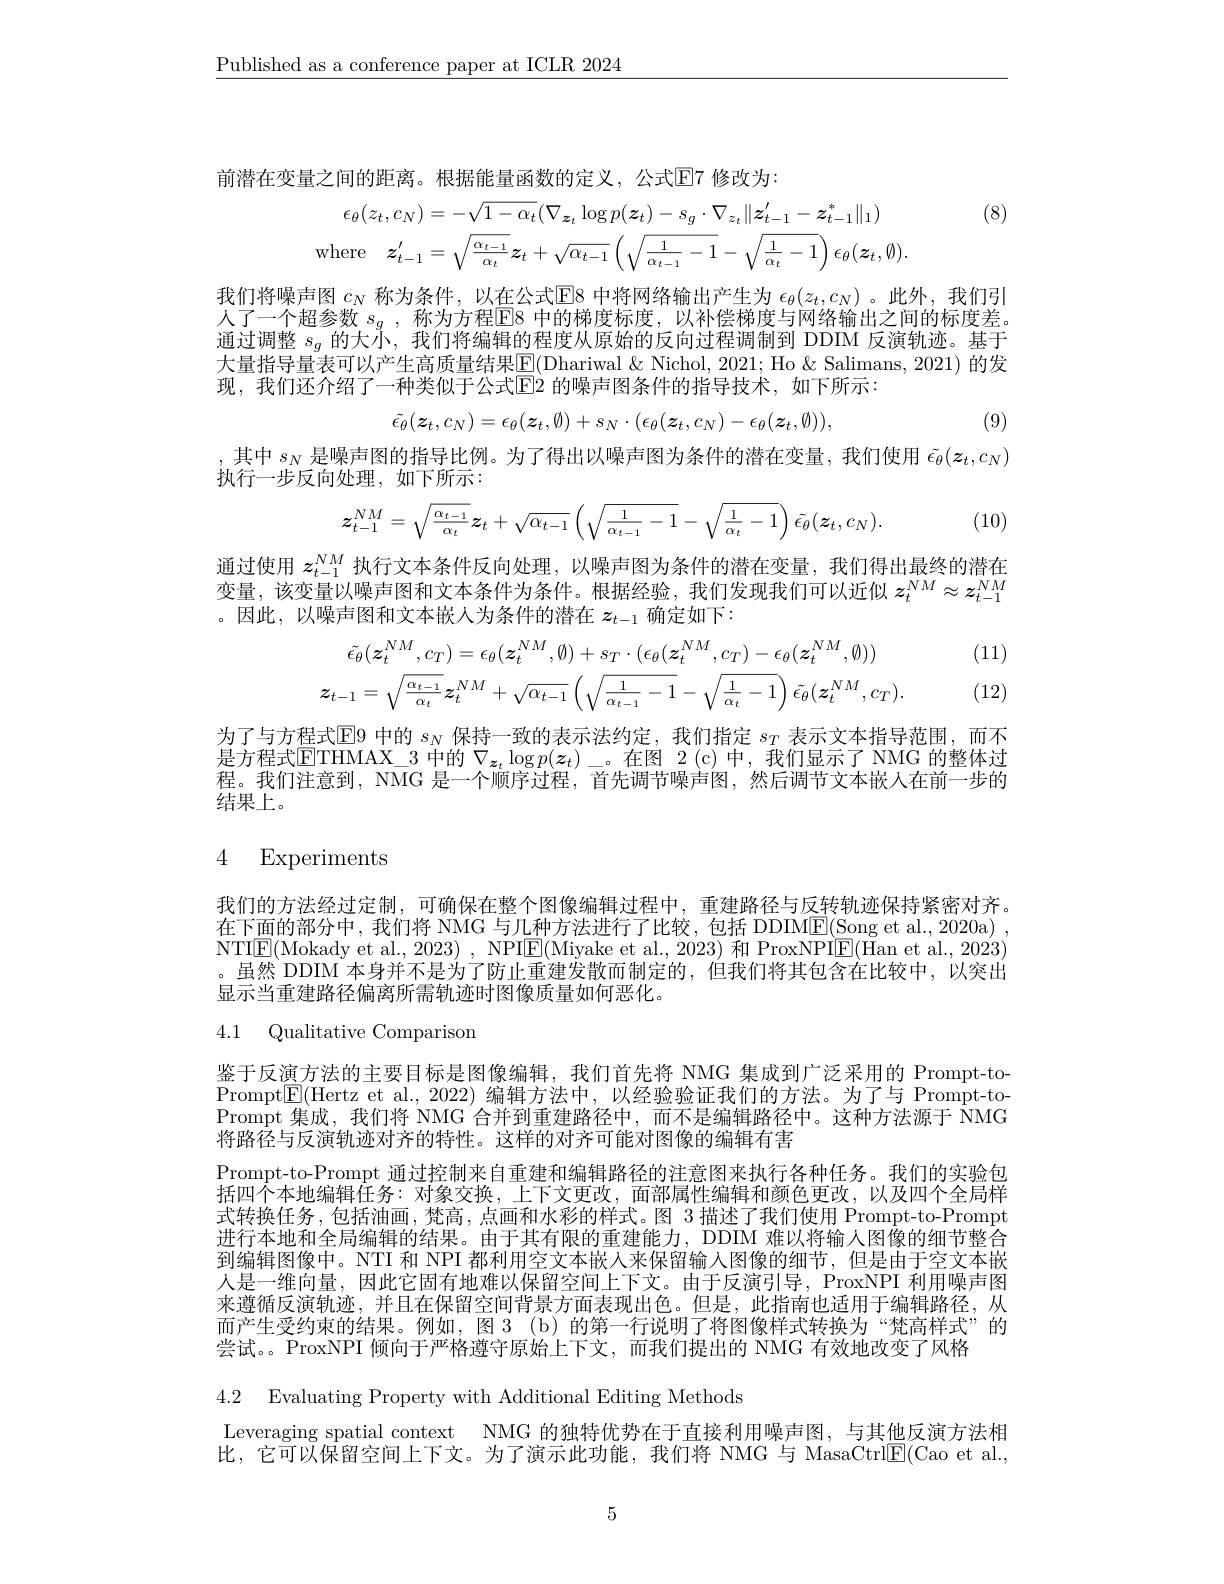
$\underline{\text{Published as a conference paper at ICLR 2024}}$

前潜在变量之间的距离。根据能量函数的定义，公式$\mathbb{E}$7 修改为：

(8)
$$\epsilon_{\theta}(z_{t},c_{N})=-\sqrt{1-\alpha_{t}}(\nabla_{\boldsymbol{z}_{t}}\log p(\boldsymbol{z}_{t})-s_{g}\cdot\nabla_{z_{t}}\|\boldsymbol{z}_{t-1}^{\prime}-\boldsymbol{z}_{t-1}^{*}\|_{1})\\\mathrm{where}\quad z_{t-1}^{\prime}=\sqrt{\frac{\alpha_{t-1}}{\alpha_{t}}}z_{t}+\sqrt{\alpha_{t-1}}\left(\sqrt{\frac{1}{\alpha_{t-1}}-1}-\sqrt{\frac{1}{\alpha_{t}}-1}\right)\epsilon_{\theta}(\boldsymbol{z}_{t},\emptyset).$$
我们将噪声图$c_N$称为条件，以在公式$\overline{\mathrm{E}}$8 中将网络输出产生为$\epsilon_\theta(z_t,c_N)$。此外，我们引人了一个超参数 $s_g$ , 称为方程$\overline{\mathrm{E}}$8 中的梯度标度，以补偿梯度与网络输出之间的标度差。通过调整$s_g$的大小，我们将编辑的程度从原始的反向过程调制到 DDIM 反演轨迹。基于大量指导量表可以产生高质量结果$\boxed{\mathrm{E}}($Dhariwal &Nichol, 2021; Ho &Salimans, 2021) 的发现，我们还介绍了一种类似于公式$\overline{\mathrm{E}}^{i}$ 的噪声图条件的指导技术，如下所示：
$$\tilde{\epsilon_\theta}(\boldsymbol{z}_t,c_N)=\epsilon_\theta(\boldsymbol{z}_t,\emptyset)+s_N\cdot(\epsilon_\theta(\boldsymbol{z}_t,c_N)-\epsilon_\theta(\boldsymbol{z}_t,\emptyset)),$$
(9)

其中$s_N$是噪声图的指导比例。为了得出以噪声图为条件的潜在变量，我们使用$\tilde{\epsilon}_\theta(\boldsymbol{z}_t,c_N)$
执行一步反向处理，如下所示：
$$z_{t-1}^{NM}=\sqrt{\frac{\alpha_{t-1}}{\alpha_{t}}}z_{t}+\sqrt{\alpha_{t-1}}\left(\sqrt{\frac{1}{\alpha_{t-1}}-1}-\sqrt{\frac{1}{\alpha_{t}}-1}\right)\tilde{\epsilon_{\theta}}(\boldsymbol{z}_{t},c_{N}).$$
(10)

通过使用$z_{t-1}^{NM}$执行文本条件反向处理，以噪声图为条件的潜在变量，我们得出最终的潜在变量，该变量以噪声图和文本条件为条件。根据经验，我们发现我们可以近似$z_t^{NM}\approx z_{t-1}^{NM}$ 。因此，以噪声图和文本嵌人为条件的潜在$z_t-1$确定如下：

(11)
$$\tilde{\epsilon_{\theta}}(\boldsymbol{z}_{t}^{NM},c_{T})=\epsilon_{\theta}(\boldsymbol{z}_{t}^{NM},\emptyset)+s_{T}\cdot(\epsilon_{\theta}(\boldsymbol{z}_{t}^{NM},c_{T})-\epsilon_{\theta}(\boldsymbol{z}_{t}^{NM},\emptyset))\\z_{t-1}=\sqrt{\frac{\alpha_{t-1}}{\alpha_{t}}}z_{t}^{NM}+\sqrt{\alpha_{t-1}}\left(\sqrt{\frac{1}{\alpha_{t-1}}-1}-\sqrt{\frac{1}{\alpha_{t}}-1}\right)\tilde{\epsilon_{\theta}}(\boldsymbol{z}_{t}^{NM},c_{T}).$$
(12)

为了与方程式$\mathbb{E}$9 中的$s_\mathrm{N}$保持一致的表示法约定，我们指定$s_T$表示文本指导范围，而不是方程式$\overline{\mathrm{ETHMAX\_3~中的~}\nabla_{\boldsymbol{z}_t}\log p(\boldsymbol{z}_t)\:\text{。在图 2(c)中，我们显示了NMG 的整体过}}$ 程。我们注意到，NMG 是一个顺序过程，首先调节噪声图，然后调节文本嵌人在前一步的结果上。

## 4 Experiments

我们的方法经过定制，可确保在整个图像编辑过程中，重建路径与反转轨迹保持紧密对齐。在下面的部分中，我们将 NMG 与几种方法进行了比较，包括 DDIME(Song et al.,2020a)~, NTI$\underline{\mathrm{E}}($Mokady et al., 2023) , NPI$\underline{\mathrm{E}}($Miyake et al., 2023) 和 ProxNPI$\underline{\mathrm{E}}($Han et al., 2023) 。虽然 DDIM 本身并不是为了防止重建发散而制定的，但我们将其包含在比较中，以突出显示当重建路径偏离所需轨迹时图像质量如何恶化。

## 4.1 Qualitative Comparison

鉴于反演方法的主要目标是图像编辑，我们首先将 NMG 集成到广泛采用的 Prompt-toPrompt$\boxed{\mathrm{E}}($Hertz et al.,2022)编辑方法中，以经验验证我们的方法。为了与 Prompt-toPrompt 集成，我们将 NMG 合并到重建路径中，而不是编辑路径中。这种方法源于$\dot{\mathrm{NMG}}$ 将路径与反演轨迹对齐的特性。这样的对齐可能对图像的编辑有害
Prompt-to-Prompt 通过控制来自重建和编辑路径的注意图来执行各种任务。我们的实验包括四个本地编辑任务：对象交换，上下文更改，面部属性编辑和颜色更改，以及四个全局样式转换任务，包括油画，梵高，点画和水彩的样式。图 3 描述了我们使用 Prompt-to-Prompt 进行本地和全局编辑的结果。由于其有限的重建能力，DDIM 难以将输人图像的细节整合到编辑图像中。NTI 和 NPI 都利用空文本嵌人来保留输入图像的细节，但是由于空文本嵌人是一维向量，因此它固有地难以保留空间上下文。由于反演引导，ProxNPI 利用噪声图来遵循反演轨迹，并且在保留空间背景方面表现出色。但是，此指南也适用于编辑路径，从而产生受约束的结果。例如，图 3 (b) 的第一行说明了将图像样式转换为“梵高样式”的尝试。。ProxNPI 倾向于严格遵守原始上下文，而我们提出的 NMG 有效地改变了风格

4.2 Evaluating Property with Additional Editing Methods

Leveraging spatial context NMG 的独特优势在于直接利用噪声图，与其他反演方法相比，它可以保留空间上下文。为了演示此功能，我们将 NMG 与 MasaCtrl$\underline{\mathrm{E}}($Cao et al.,

5